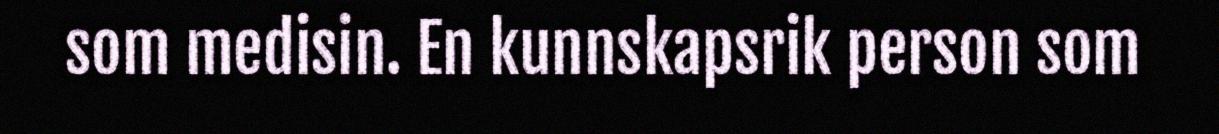
som medisin. En kunnskapsrik person som